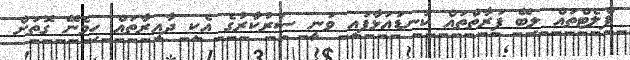
ފްލެޓްތައް ލިބޭ ފަރާތްތައް ކަނޑައަޅާފައި ވަނީ ސަރުކާރުގެ އެކި ދާއިރާތައް ހިމެނޭ ގޮތަށް